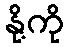
နို့ကို